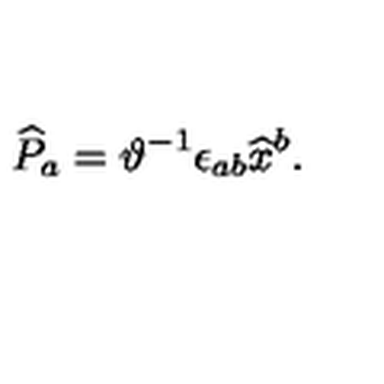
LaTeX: \widehat { P } _ { a } = \vartheta ^ { - 1 } \epsilon _ { a b } \widehat { x } ^ { b } .